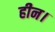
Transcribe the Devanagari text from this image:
हीन।